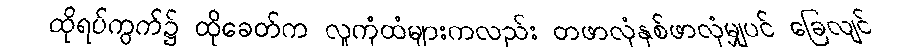
ထိုရပ်ကွက်၌ ထိုခေတ်က လူကုံထံများကလည်း တဖာလုံနှစ်ဖာလုံမျှပင် ခြေလျင်